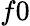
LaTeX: f0